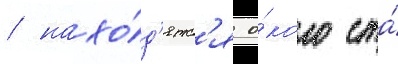
/ нахо́д'ятс'я о́коло ста́